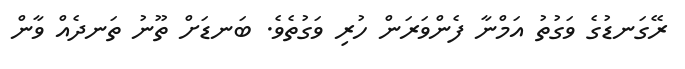
ރޭގަނޑުގެ ވަގުތު އަމްނާ ފެންވަރަން ހުރި ވަގުތެވެ. ބަނޑަށް ތޫނު ތަނދެއް ވާން